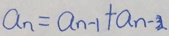
a _ { n } = a _ { n - 1 } + a _ { n - 3 }